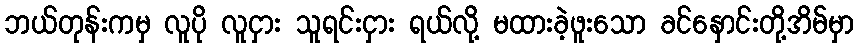
ဘယ်တုန်းကမှ လူပို လူငှား သူရင်းငှား ရယ်လို့ မထားခဲ့ဖူးသော ခင်နှောင်းတို့အိမ်မှာ